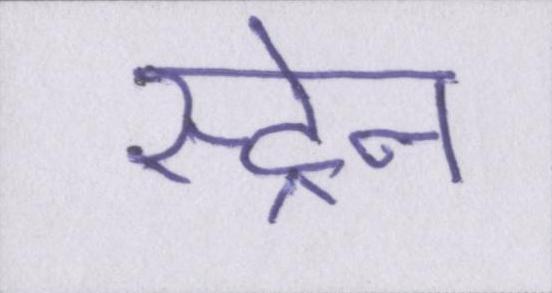
स्ट्रेन